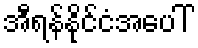
အီရန်နိုင်ငံအပေါ်